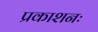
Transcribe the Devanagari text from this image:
प्रकाशनः